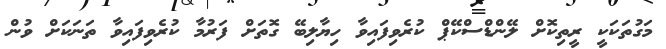
މަގުތަކަކީ ރީތިކޮށް ލޭންޑްސްކޭޕް ކުރެވިފައިވާ ހިޔާލިބޭ ގޮތަށް ފަރުމާ ކުރެވިފައިވާ ތަނަކަށް ވުން